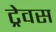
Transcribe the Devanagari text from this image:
ट्रेवस